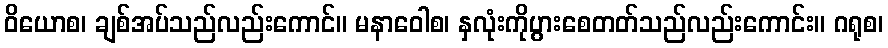
ဝိယောစ၊ ချစ်အပ်သည်လည်းကောင်။ မနာဝေါစ၊ နှလုံးကိုပွားစေတတ်သည်လည်းကောင်း။ ဂရုစ၊